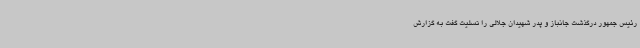
رئیس جمهور درگذشت جانباز و پدر شهیدان جلالی را تسلیت گفت به گزارش